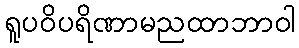
ရူပဝိပရိဏာမညထာဘာဝါ